Annual statistical returns and brief notes on vaccination in Bengal - 1887-1898
Year: 1887
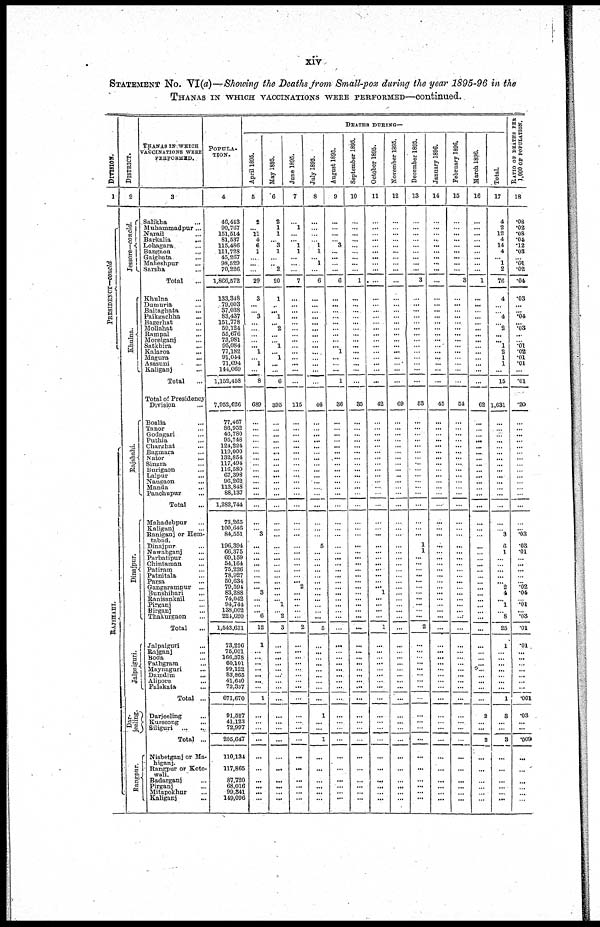
xiv
STATEMENT NO. VI(a)—Showing the Deaths from Small-pox during the year 1895-96 in the
THANAS IN WHICH VACCINATIONS WERE PERFORMED—continued.
DIVISION.
1
PRESIDENCY—COncld
RAJ S HAHI.
DISTRICT.
2
Jessore—concld.
Khul na.
Rajshahi.
Dinajpur.
Jalpaiguri.
Dar-
jeeling.
Rangpur .
THANAS IN WHICH
VACCINATIONS WERE
PERFORMED.
3
Salikha...
Muhammadpur...
Narail...
Barkalia...
Lohagara...
Bangaon...
Gaighata...
Maheshpur...
Sarsha...
Total...
Khulna...
Dumuria...
Baitaghata...
Paikgachha...
Bagerhat...
Mollahat...
Rampal...
Morelganj... ...
Satkhira...
Kalaroa...
Magura...
Asasuni...
Kaliganj...
Total...
Total of Presidency
Division...
Boalia...
Tanor...
Godagari...
Puthia...
Charghat...
Bagmara...
Nator...
Singra...
Burigaon...
Lalpur...
Naugaon...
Manda... ...
Panchupur...
Total...
Mahadebpur...
Kaliganj...
Raniganj or Hem-
tabad.
Dinajpur...
Nawabganj...
Parbatipur...
Chintaman...
Patiram...
Patnitala...
Parsa...
Gangarampur...
Bunshihari...
Ranisankail...
Pirganj...
Birganj...
Thakurgaon...
Total
...
Jalpaiguri...
Rajganj...
Boda...
Pathgram...
Maynaguri...
Damdim...
Alipore...
Falakata...
Total ...
Darjeeling...
Kurseong...
Siliguri...
Total ...
Nisbetganj or Ma-
biganj.
Rangpur or Koto-
Wall.
Badarganj...
Pirganj...
Mitapokhur...
Kaliganj...
POPULA-
----.
4
46,443
90,767
151,514
81,537
115,486
111,728
45,267
98,529
70,226
1,866,572
133,348
79,003
37,038
83,437
151,778
59,124
55,676
73,981
95,084
77,182
91,044
71,694
144,069
1,152,458
7,952,626
77,467
86,952
46,780
95,748
124,224
119,000
132,854
117,494
116,580
67,398
96,262
113,848
88,137
1,282,744
73,265
100,646
84,551
196,394
66,375
69,159
54,164
75,226
78,927
50,634
79,594
83,288
74,042
94,744
138,002
221,620
1,543,631
73,226
75,001
166,378
60,101
99,122
83,865
41,640
72,337
671,670
91,527
41,123
72,997
205,647
110,134
117,865
87,720
68,016
99,341
149,096
DEATHS DURING—
April 1895.
5
2
... 11
4
6
1
...
...
...
29
3
...
...
3
...
...
...
...
... 1
... 1
...
8
689
...
...
...
...
...
...
...
...
...
...
...
...
...
...
...
...
3
...
...
...
...
...
...
...
... 3
...
...
... 6
12
1
...
...
...
...
...
...
...
1
...
...
...
...
...
...
...
...
...
...
May 1895.
6
2
1
1
... 3
1
...
... 2
20
1
...
... 1
... 2
...
...
1
...
...
...
...
6
395
...
...
...
...
...
...
...
...
...
...
...
...
...
...
...
...
...
...
...
...
...
...
...
...
...
...
...
1
...
2
3
...
...
...
...
...
...
...
...
...
...
...
...
...
...
...
...
...
...
...
June 1895.
7
...
1
...
... 1
1
...
...
...
7
...
...
...
...
...
...
...
...
...
...
...
...
...
...
115
...
...
...
...
...
...
...
...
...
...
...
...
...
...
...
...
...
...
...
...
...
...
...
... 2
...
...
...
...
...
2
...
...
...
...
...
...
...
...
...
...
...
...
...
...
...
...
...
...
...
July 1895.
8
...
...
...
...
1
1
... 1
...
6
...
...
...
...
...
...
...
...
...
...
...
...
...
...
46
...
...
...
...
...
...
...
...
...
...
...
...
...
...
...
...
...
5
...
...
...
...
...
...
...
...
...
...
...
...
5
...
...
...
...
...
...
...
...
...
1
...
...
1
...
...
...
...
...
...
August 1895.
9
...
...
...
...
3
...
...
...
...
6
...
...
...
...
...
...
...
...
... 1
... ...
...
1
36
...
...
...
...
...
...
...
...
...
...
...
...
...
...
...
...
...
...
...
...
...
...
...
...
...
...
...
...
...
...
...
...
...
...
...
...
...
...
...
...
...
...
...
...
...
...
...
...
...
...
September 1895.
10
...
...
...
...
...
...
...
...
...
1
...
...
...
...
...
...
...
...
...
...
...
...
...
...
35
...
...
...
...
...
...
...
...
...
...
...
...
...
...
...
...
...
...
...
...
...
...
...
...
...
...
...
...
...
...
...
...
...
...
...
...
...
...
...
...
...
...
...
...
...
...
...
...
...
...
October 1895.
11
...
...
...
...
...
...
...
...
...
...
...
...
...
...
...
...
...
...
...
...
...
...
...
...
42
...
...
... ...
...
...
...
...
...
...
...
...
...
...
...
...
...
...
...
...
...
...
...
...
... 1
...
...
...
...
1
...
...
...
...
...
...
...
...
...
...
...
...
...
...
...
...
...
...
...
November 1895.
12
...
...
...
...
...
...
...
...
...
......
...
...
...
...
...
...
...
...
...
...
...
...
...
...
69
...
...
...
...
...
...
...
...
...
...
...
...
...
...
...
...
...
...
...
...
...
...
...
...
... ...
...
...
...
...
...
...
...
...
...
...
...
...
...
...
...
...
...
...
...
...
...
...
...
...
December 1895.
13
...
...
...
...
...
...
...
...
...
3
...
...
...
...
...
...
...
...
...
...
... ...
...
...
53
...
...
...
...
...
...
...
...
...
...
...
...
...
...
...
...
...
1
1
...
...
...
...
...
... ...
...
...
...
...
2
...
...
...
...
...
...
...
...
...
...
...
...
...
...
...
...
...
...
...
January 1896.
14
...
...
...
...
...
...
...
...
...
...
...
...
...
...
...
...
...
...
... ...
...
...
...
...
45
...
...
...
...
...
...
...
...
...
...
...
...
...
...
...
...
...
...
...
...
...
...
...
...
...
...
...
...
...
...
...
...
...
...
...
...
...
...
...
...
...
...
...
...
...
...
...
...
...
...
February 1896.
15
...
...
...
... ...
...
...
...
...
3
...
...
...
...
...
...
...
...
...
...
... ...
...
...
54
...
...
...
...
...
...
...
...
...
...
...
...
...
...
...
...
...
...
...
...
...
...
...
...
...
...
...
...
...
...
...
...
...
...
...
...
...
...
...
...
...
...
...
...
...
...
...
... ...
...
March 1896.
16
...
...
...
...
... ...
...
...
...
1
...
...
...
...
...
...
...
...
...
...
...
...
...
...
62
...
...
...
...
...
...
...
...
...
...
...
...
...
...
...
...
...
...
...
...
...
...
...
...
...
...
...
...
...
...
...
...
...
...
...
...
...
...
...
...
2
...
...
2
...
...
...
... ...
...
Total.
17
4
2
12
4
14
4
... 1
2
76
4
...
...
4
...
2
...
... 1
2 1
1
...
15
1,631
...
...
...
...
...
...
...
...
...
...
...
...
...
...
...
...
3
6
1
...
...
...
...
...
2
4
...
1
...
8
25
1
...
...
...
...
...
...
...
1
3
...
...
3
...
...
...
... ...
...
RATIO OF DEATHS PER
1,000 OF POPULATION.
18
.08
.02
.08
.04
.12
.03
...
.01
.02
.04
.03
...
...
.04
...
.03
...
... .01
.02
.01
.01
...
.01
.20
...
...
...
...
...
...
...
...
...
...
...
...
...
...
...
...
.03
.03
.01
...
...
...
...
...
.02
.04
...
.01
...
.03
.01
.01
...
...
...
...
...
...
...
.001
.03
...
...
.009
...
...
...
... ...
...